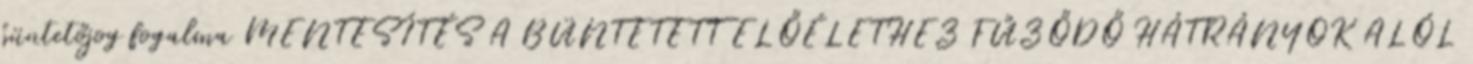
büntetőjog fogalma MENTESÍTÉS A BÜNTETETT ELŐÉLETHEZ FŰZŐDŐ HÁTRÁNYOK ALÓL